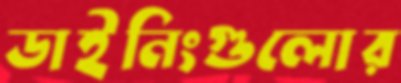
ডাইনিংগুলোর